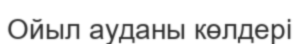
Ойыл ауданы көлдері